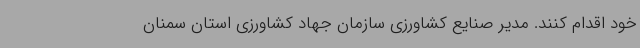
خود اقدام کنند. مدیر صنایع کشاورزی سازمان جهاد کشاورزی استان سمنان